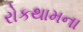
રોકથામના